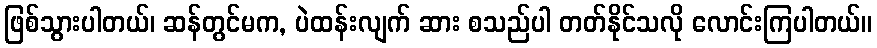
ဖြစ်သွားပါတယ်၊ ဆန်တွင်မက, ပဲထန်းလျက် ဆား စသည်ပါ တတ်နိုင်သလို လောင်းကြပါတယ်။